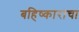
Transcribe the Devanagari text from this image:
बहिष्काराचा